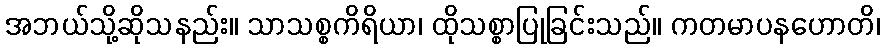
အဘယ်သို့ဆိုသနည်း။ သာသစ္စကိရိယာ၊ ထိုသစ္စာပြုခြင်းသည်။ ကတမာပနဟောတိ၊